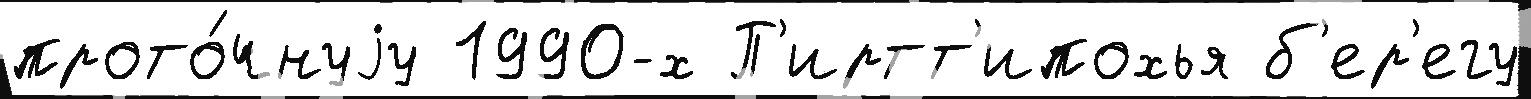
прото́чнуjу 1990-х П'иртт'ипохья б'ер'егу